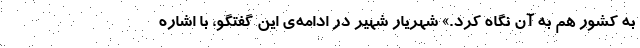
به کشور هم به آن نگاه کرد.» شهریار شهیر در ادامه‌ی این گفتگو، با اشاره